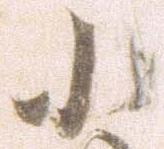
小